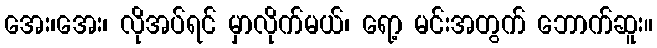
အေး၊အေး၊ လိုအပ်ရင် မှာလိုက်မယ်၊ ရော့ မင်းအတွက် ဘောက်ဆူး။